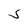
Character: S